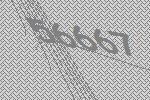
56667